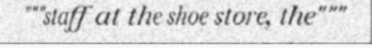
"""staff at the shoe store, the"""